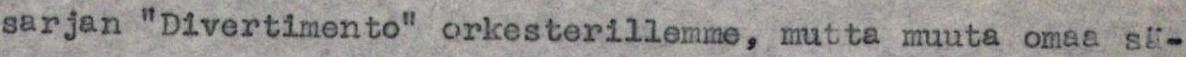
sarjan "Divertimento" orkesterillemme, mutta muuta omaa sä-